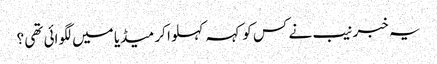
یہ خبر نیب نے کس کو کہہ کہلوا کر میڈیا میں لگوائی تھی ؟